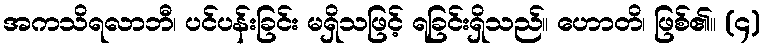
အကသိရလာဘီ၊ ပင်ပန်းခြင်း မရှိသဖြင့် ရခြင်းရှိသည်။ ဟောတိ၊ ဖြစ်၏။ (၄)